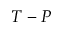
T - P